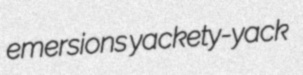
emersions yackety-yack